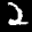
Label: 2